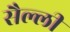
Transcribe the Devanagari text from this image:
सैल्ली